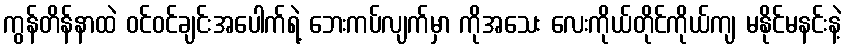
ကွန်တိန်နာထဲ ဝင်ဝင်ချင်းအပေါက်ရဲ့ ဘေးကပ်လျက်မှာ ကိုအသေး လေးကိုယ်တိုင်ကိုယ်ကျ မနိုင်မနင်းနဲ့